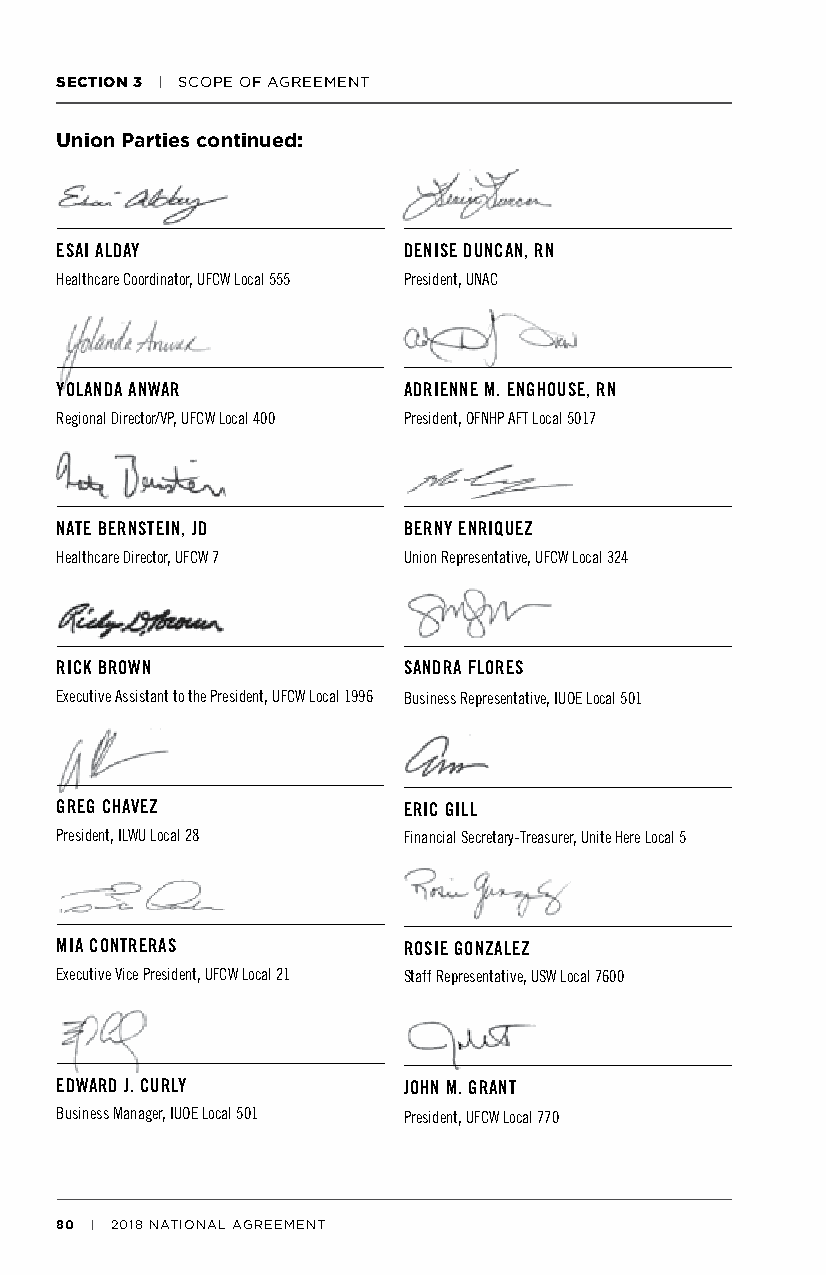
SECTION 3 | SCOPE OF AGREEMENT
 Union Parties continued:
 ESAI ALDAY             DENISE DUNCAN, RN
 Healthcare Coordinator, UFCW Local 555 President, UNAC
 YOLANDA ANWAR          ADRIENNE M. ENGHOUSE, RN
 Regional Director/VP, UFCW Local 400 President, OFNHP AFT Local 5017
 NATE BERNSTEIN, JD     BERNY ENRIQUEZ
 Healthcare Director, UFCW 7 Union Representative, UFCW Local 324
 RICK BROWN             SANDRA FLORES
 Executive Assistant to the President, UFCW Local 1996 Business Representative, IUOE Local 501
 GREG CHAVEZ            ERIC GILL
 President, ILWU Local 28 Financial Secretary-Treasurer, Unite Here Local 5
 MIA CONTRERAS          ROSIE GONZALEZ
 Executive Vice President, UFCW Local 21 Staff Representative, USW Local 7600
 EDWARD J. CURLY        JOHN M. GRANT
 Business Manager, IUOE Local 501 President, UFCW Local 770
 80 | 2018 NATIONAL AGREEMENT